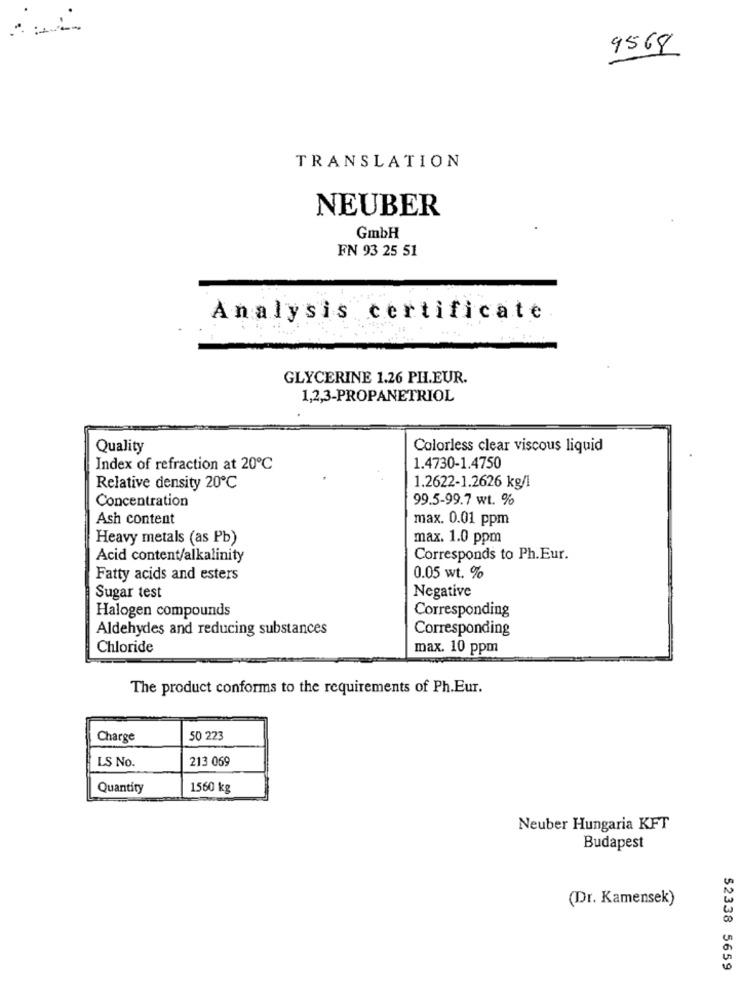
9568
TRANSLATION
NEUBER
GmbH
FN 93 25 51
Analysis certificate
GLYCERINE 1.26 PH.EUR.
1,2,3-PROPANETRIOL
Quality
Colorless clear viscous liquid
Index of refraction at 20℃
1.4730-1.4750
1.2622-1.2626 kg/1
Relative density 20℃
Concentration
99.5-99.7 wt. %
Ash content
max. 0.01 ppm
Heavy metals (as Pb)
max. 1.0 ppm
Acid content/alkalinity
Corresponds to Ph.Eur.
Fatty acids and esters
0.05 wt. %
Negative
Sugar test
Halogen compounds
Corresponding
Aldehydes and reducing substances
Corresponding
Chloride
max. 10 ppm
The product conforms to the requirements of Ph.Eur.
Charge
50 223
LS No.
213 069
Quantity
1560 kg
Neuber Hungaria KFT
Budapest
(Dr. Kamensek)
52338 5659